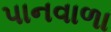
પાનવાળા